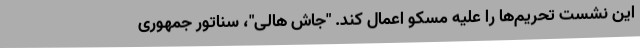
این نشست تحریم‌ها را علیه مسکو اعمال کند. "جاش هالی"، سناتور جمهوری